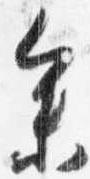
参